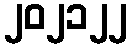
၂၀၂၁၂၂